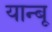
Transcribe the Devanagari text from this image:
यान्बू